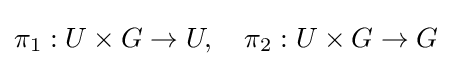
\pi _{1}:U\times G\to U,\quad \pi _{2}:U\times G\to G